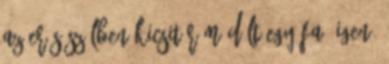
az erős szélben kicsit rám dőlt egy fa. Igen,